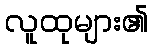
လူထုများ၏